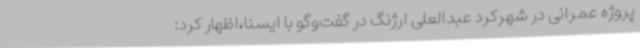
پروژه عمرانی در شهرکرد عبدالعلی ارژنگ در گفت‌وگو با ایسنا،اظهار کرد: